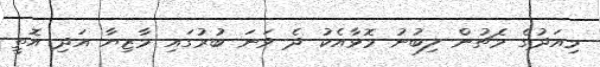
މިއަދުގެ މެޗުން ލިބުނު މޮޅާއެކު ދެ ވަނަ ބުރުގައި މާޒިޔާ އަދި އޮތީ